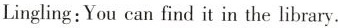
Lingling:You can find it in the library.